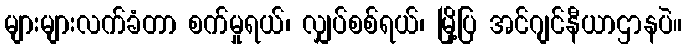
များများလက်ခံတာ စက်မှုရယ်၊ လျှပ်စစ်ရယ်၊ မြို့ပြ အင်ဂျင်နီယာဌာနပဲ။